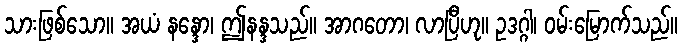
သားဖြစ်သော။ အယံ နန္ဒော၊ ဤနန္ဒသည်။ အာဂတော၊ လာပြီဟု။ ဥဒဂ္ဂါ၊ ဝမ်းမြောက်သည်။